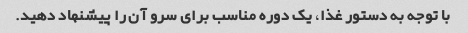
با توجه به دستور غذا، یک دوره مناسب برای سرو آن را پیشنهاد دهید.